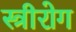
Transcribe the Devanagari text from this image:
स्‍त्रीरोग